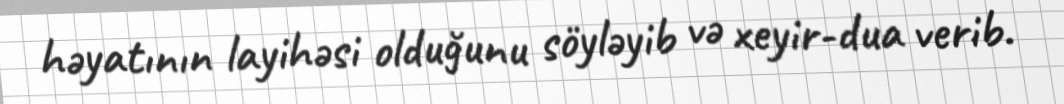
həyatının layihəsi olduğunu söyləyib və xeyir-dua verib.